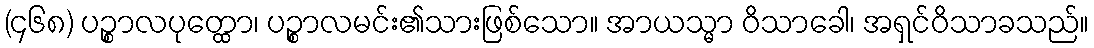
(၄၆၈) ပဉ္စာလပုတ္ထော၊ ပဉ္စာလမင်း၏သားဖြစ်သော။ အာယသ္မာ ဝိသာခေါ၊ အရှင်ဝိသာခသည်။